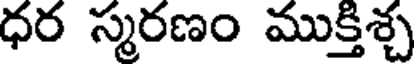
ధర స్మరణం ముక్తిశ్చ